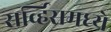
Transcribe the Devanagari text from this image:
सर्व्हिसमध्ये